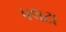
પલટા